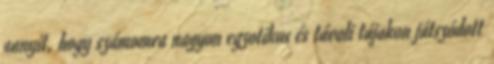
annyit, hogy számomra nagyon egzotikus és távoli tájakon játszódott